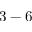
3 - 6